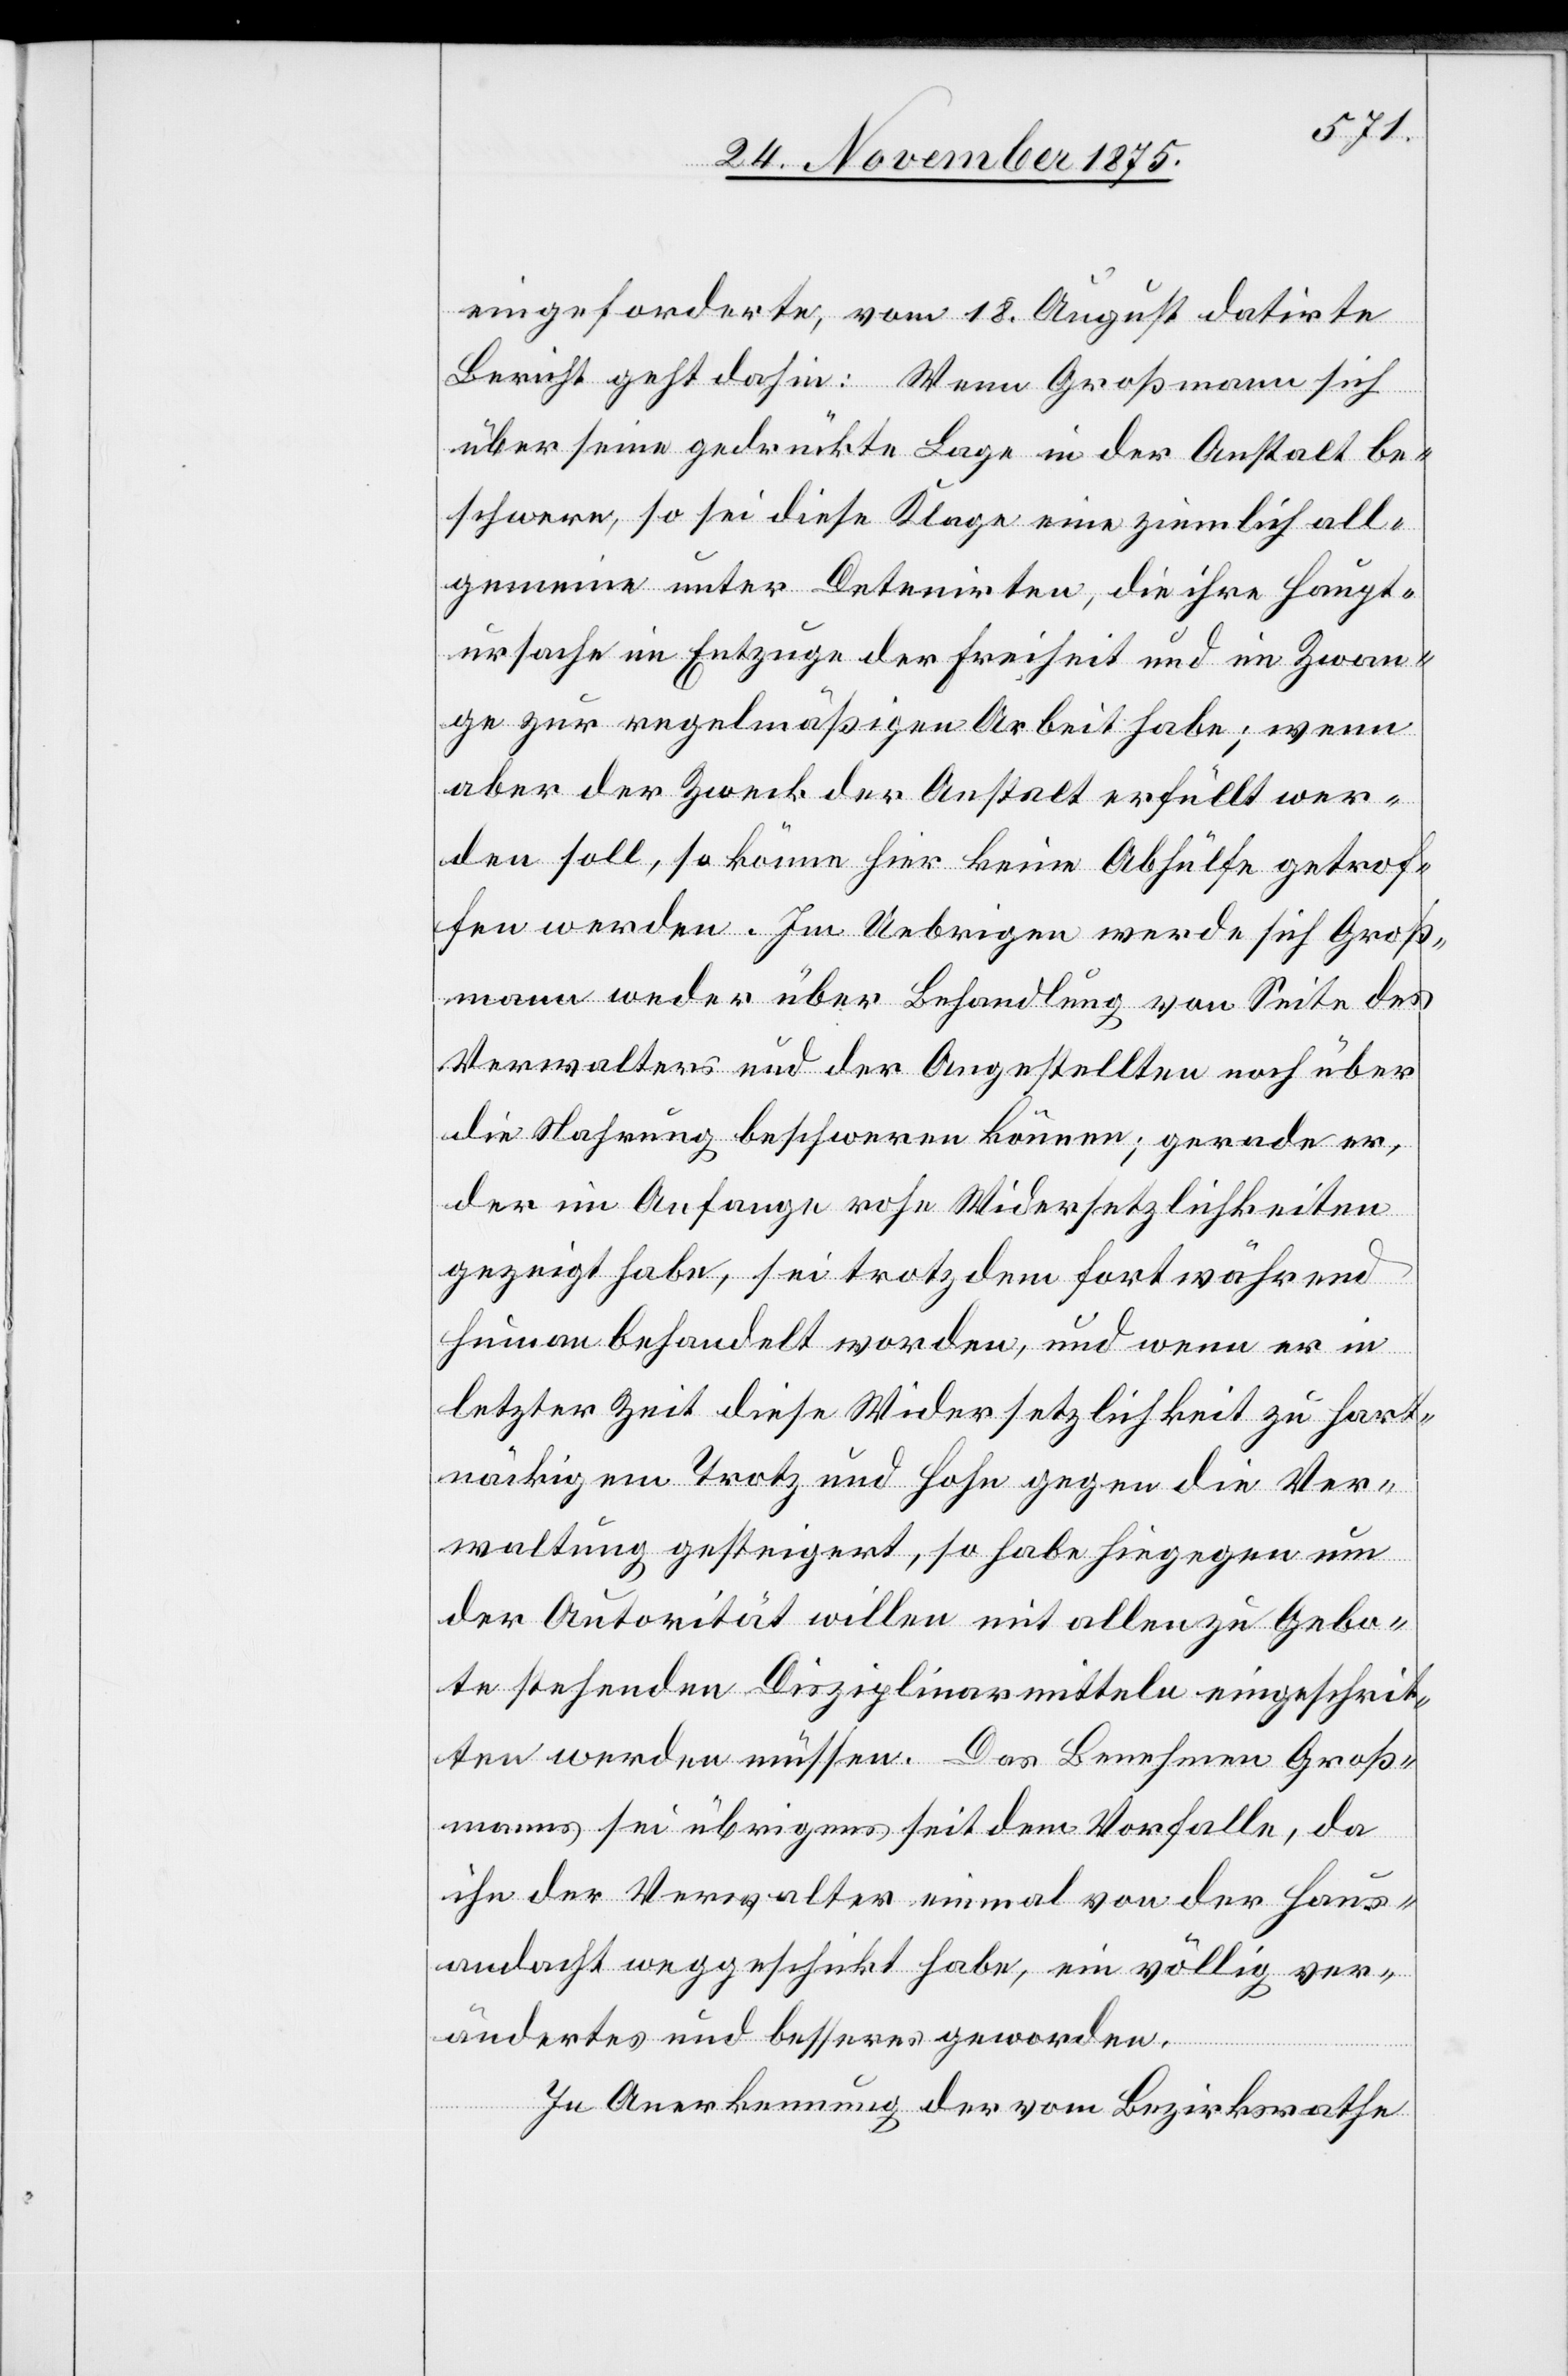
eingeforderte, vom 18. August datirte
Bericht geht dahin: Wenn Großmann sich
über seine gedrückte Lage in der Anstalt be¬
schwere, so sei diese Klage eine ziemlich all¬
gemeine unter Detenirten, die ihre Haupt¬
ursache im Entzuge der Freiheit und im Zwan¬
ge zur regelmäßigen Arbeit habe; wenn
aber der Zweck der Anstalt erfüllt wer¬
den soll, so könne hier keine Abhülfe getrof¬
fen werden. Im Uebrigen werde sich Groß¬
mann weder über Behandlung von Seite des
Verwalters und der Angestellten noch über
die Nahrung beschweren können; gerade er,
der im Anfange rohe Widersetzlichkeiten
gezeigt habe, sei trotzdem fortwährend
human behandelt worden, und wenn er in
letzter Zeit diese Widersetzlichkeit zu hart¬
näckigem Trotz und Hohn gegen die Ver¬
waltung gesteigert, so habe hiegegen um
der Autorität willen mit allen zu Gebo¬
te stehenden Disziplinarmitteln eingeschrit¬
ten werden müssen. Das Benehmen Groß¬
manns sei übrigens seit dem Vorfalle, da
ihn der Verwalter einmal von der Haus¬
andacht weggeschickt habe, ein völlig ver¬
ändertes und besseres geworden.
In Anerkennung der vom Bezirksrathe